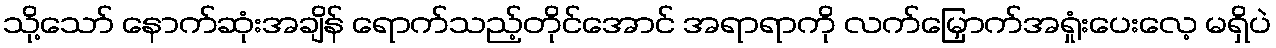
သို့သော် နောက်ဆုံးအချိန် ရောက်သည့်တိုင်အောင် အရာရာကို လက်မြှောက်အရှုံးပေးလေ့ မရှိပဲ